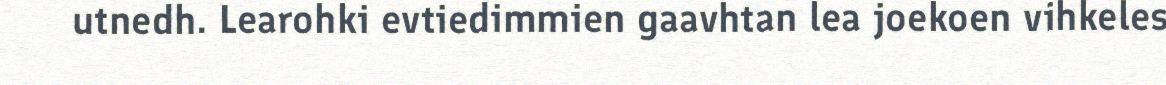
utnedh. Learohki evtiedimmien gaavhtan lea joekoen vihkeles